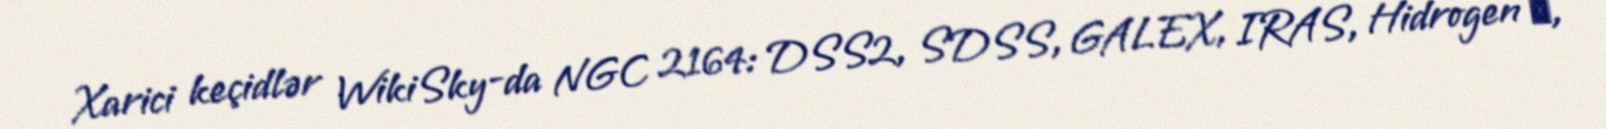
Xarici keçidlər WikiSky-da NGC 2164: DSS2, SDSS, GALEX, IRAS, Hidrogen α,